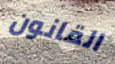
القانون